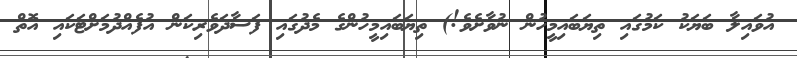
އުވައިލާ ބަޔަކު ކަމުގައި ތިޔަބައިމީހުން ނުވާށެވެ!) ތިޔަބައިމީހުންގެ މެދުގައި ފަސާދަވެރިކަން އުފެއްދުމަށްޓަކައި އޮތް